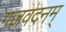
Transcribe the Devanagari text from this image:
गजवंदनम्